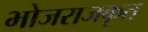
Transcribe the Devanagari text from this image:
भोजराजकृत